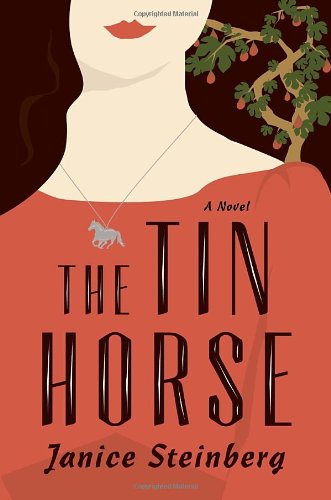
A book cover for The Tin Horse: A Novel; Janice Steinberg; Literature & Fiction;